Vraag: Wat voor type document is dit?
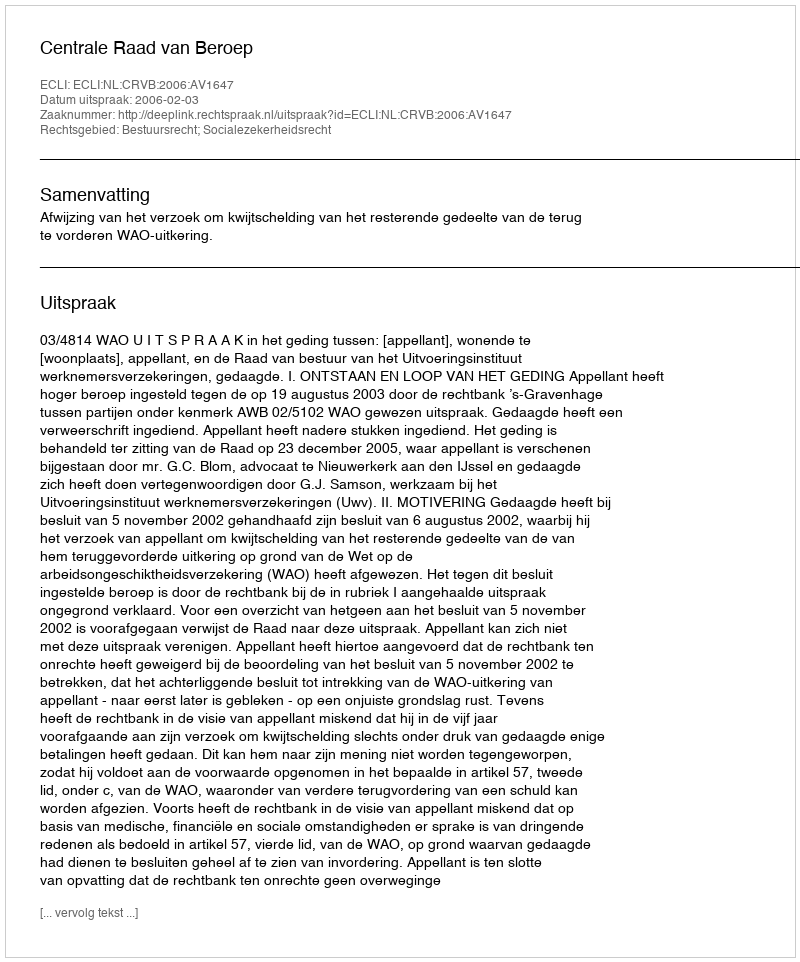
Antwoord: Uitspraak